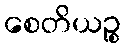
စေတိယဉ္စ